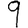
Digit: 9